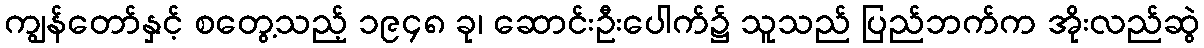
ကျွန်တော်နှင့် စတွေ့သည့် ၁၉၄၈ ခု၊ ဆောင်းဦးပေါက်၌ သူသည် ပြည်ဘက်က အိုးလည်ဆွဲ